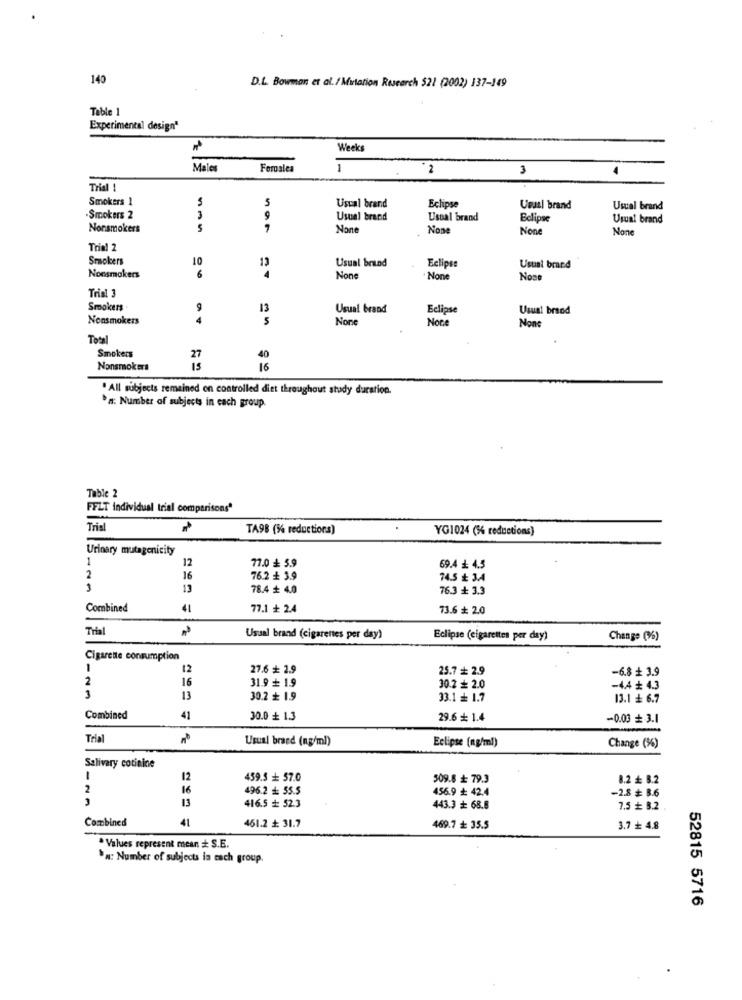
140
D.L. Bowman et al. / Mutation Research 521 (2002) 137-149
Table 1
Experimental design"
Weeks
Males
Forales
1
2
3
Trial !
Smokers 1
5
Usual brand
Eclipse
Usual brand
Usual brand
.Smokers 2
3
9
Usual brand
Usual brand
Eclipse
Usual brand
Nonsmokers
7
Nose
Trial 2
Smokers
10
13
Usual brand
Eclipse
Usual brand
Nonsmokers
6
Non
.None
Nose
Trial 3
Smokers
9
13
Usual brand
Eclipse
Usual brand
Nonsmokers
4
Noce
Total
Smokers
27
40
Nonsmokers
is
16
. All subjects remained on controlled diet throughout study duration.
'#: Number of subjects in each group.
Table 2
FELT Individual trial comparisons
Trial
TA98 (% reductions)
YG1024 (% reductions)
Urinary mutagenicity
1
12
77.0 ₺ 5.9
69.4 # 4.3
2
16
76.2 + 3.9
74.5 ₺ 3.4
3
13
78.4 # 4.0
76.3 + 3.3
Combined
41
77.1 + 2.4
73.6 + 2.0
Trial
Usual brand (cigarettes per day)
Eclipse (cigarettes per day)
Change (%)
Cigarette consumption
1
12
27.6 + 2.9
25.7 + 2.9
-6.8 + 3.9
2
16
31.9 + 1.9
30.2 + 2.0
-4.4 ₺ 4.3
13
30.2+ 1.9
33.1 + 1.7
13.1 ₺ 6.7
Combined
41
30.0 + 1.3
29.6 + 1.4
-0.03 + 3.1
==
Trial
Usual brand (ng/ml)
Eclipse (mg/ml)
Change (%)
Salivary cotinine
1
12
459.3 + 57.0
509.8 ₺ 79.3
8.2 # 8.2
2
16
496.2 # 55.5
456.9 42.4
-2.8 # 8.6
13
416.5 + 52.3
443.3 + 68.8
7.5 + 8.2
Combined
41
461.2 # 31.7
469.7 + 35.5
3.7 ₺ 4.8
· Values represent mean # S.E.
`n: Number of subjects is each group.
52815 5716